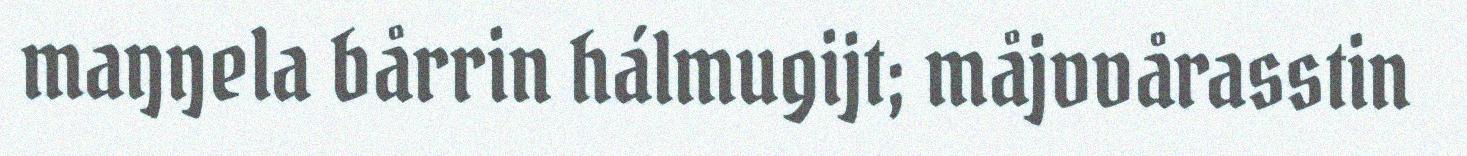
maŋŋela bårrin hálmugijt; måjvvårasstin